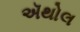
ઍથોલ